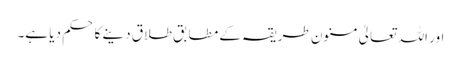
اور اللہ تعالیٰ مسنون طریقہ کے مطابق طلاق دینے کا حکم دیا ہے۔